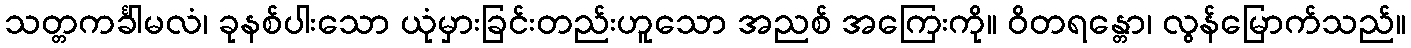
သတ္တကင်္ခါမလံ၊ ခုနစ်ပါးသော ယုံမှားခြင်းတည်းဟူသော အညစ် အကြေးကို။ ဝိတရန္တော၊ လွန်မြောက်သည်။